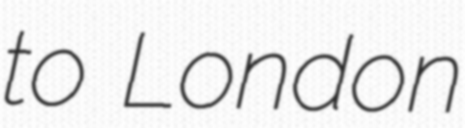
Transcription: to London